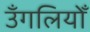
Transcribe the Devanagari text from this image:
उँगलियोँ